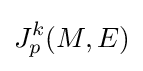
J_{p}^{k}(M,E)